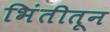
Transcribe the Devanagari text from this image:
भिंतीतून